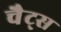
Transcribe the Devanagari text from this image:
चैट्स